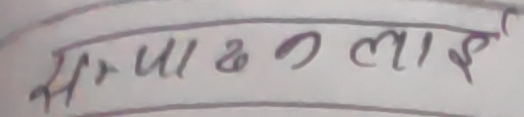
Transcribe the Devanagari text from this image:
सपा० लाई